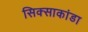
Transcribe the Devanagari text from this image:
सिक्साकांडा